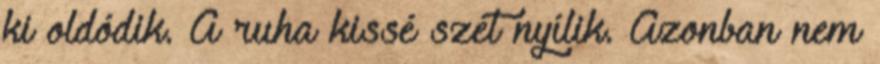
ki oldódik. A ruha kissé szét nyílik. Azonban nem